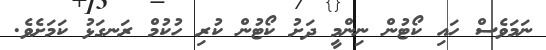
ނަމަވެސް ހައި ކޯޓުން ނިންމީ ދަށު ކޯޓުން ކުރި ހުކުމް ރަނގަޅު ކަމަށެވެ.